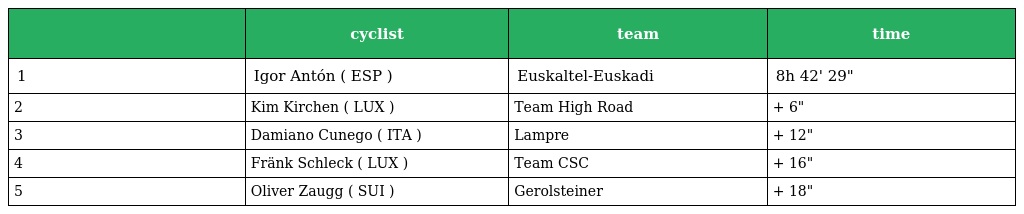
|  | cyclist | team | time |
 | --- | --- | --- | --- |
 | 1 | Igor Antón ( ESP ) | Euskaltel-Euskadi | 8h 42' 29" |
 | 2 | Kim Kirchen ( LUX ) | Team High Road | + 6" |
 | 3 | Damiano Cunego ( ITA ) | Lampre | + 12" |
 | 4 | Fränk Schleck ( LUX ) | Team CSC | + 16" |
 | 5 | Oliver Zaugg ( SUI ) | Gerolsteiner | + 18" |